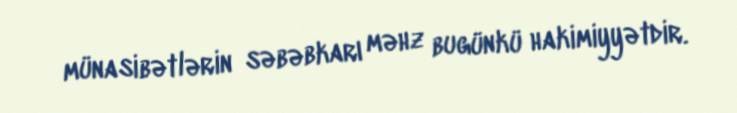
münasibətlərin səbəbkarı məhz bugünkü hakimiyyətdir.